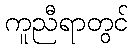
ကူညီရာတွင်